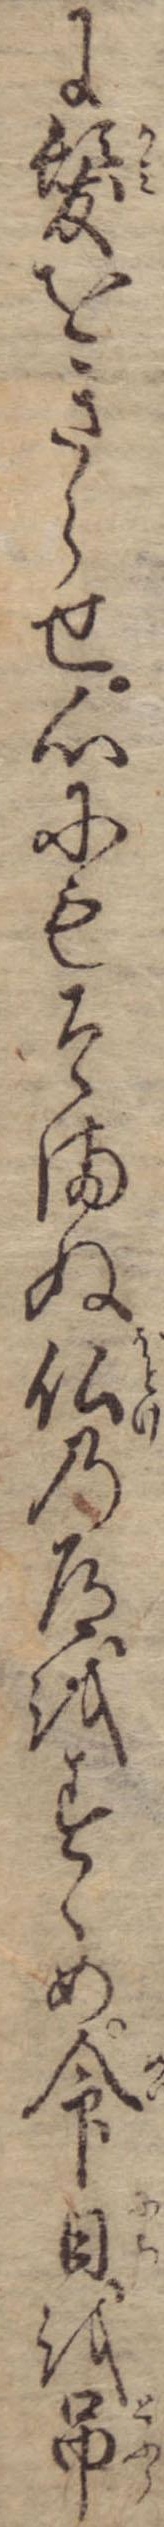
に髪をきらせ心にもそまぬ仏の道をすゝめ命日を吊